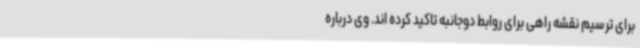
برای ترسیم نقشه راهی برای روابط دوجانبه تاکید کرده اند. وی درباره